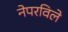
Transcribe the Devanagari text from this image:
नेपरविले